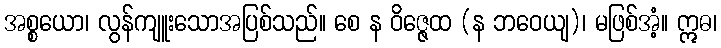
အစ္စယော၊ လွန်ကျူးသောအပြစ်သည်။ စေ န ဝိဇ္ဇေထ (န ဘဝေယျ)၊ မဖြစ်အံ့။ ဣဓ၊